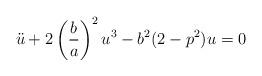
LaTeX: \begin{align*}\ddot{u}+2\left(\frac{b}{a}\right)^2u^3-b^2(2-p^2)u=0\end{align*}